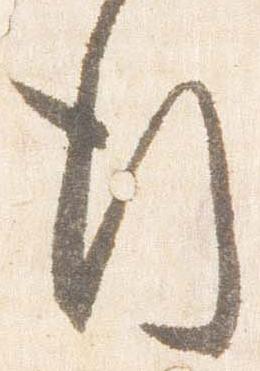
行